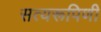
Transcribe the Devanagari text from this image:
सत्यरूपिणी